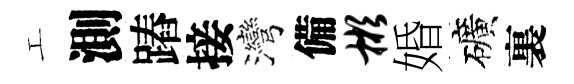
工測蹖接灣備彬婚礦裏